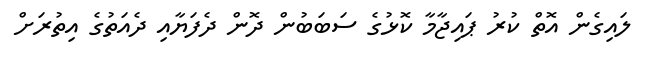
ލައިގެން އޮތް ކުރު ޕައިޖާމާ ކޮޅުގެ ސަބަބުން ދޮން ދެފަޔާއި ދެއަތުގެ އިތުރަށް